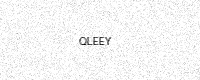
Text: QLEEY